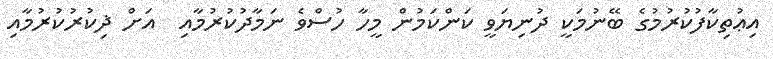
އިޢުތިކާފުކުރުމުގެ ބޭނުމަކީ ދުނިޔަވީ ކަންކަމުން މީހާ ހުސްވެ ނަމާދުކުރުމާއި  އަށް ޛިކުރުކުރުމާއި